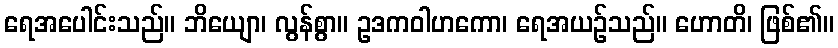
ရေအပေါင်းသည်။ ဘိယျော၊ လွန်စွာ။ ဥဒကဝါဟကော၊ ရေအယဉ်သည်။ ဟောတိ၊ ဖြစ်၏။